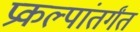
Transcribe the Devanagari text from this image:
प्रकल्पांतर्गंत